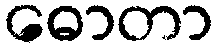
ဓောတာ